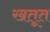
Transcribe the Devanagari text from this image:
खतूत